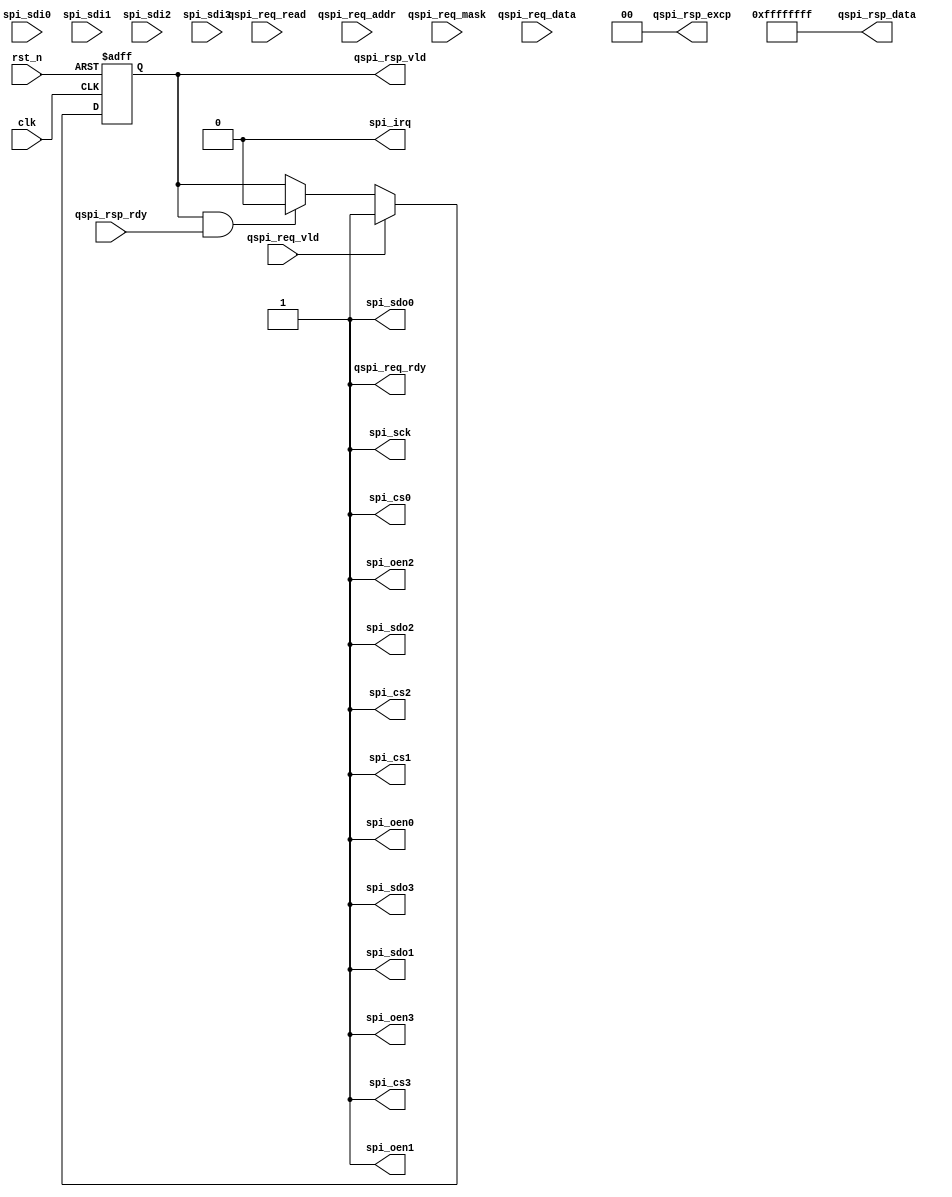
module uv_qspi
#(
    parameter ALEN                  = 12,
    parameter DLEN                  = 32,
    parameter MLEN                  = DLEN / 8
)
(
    input                           clk,
    input                           rst_n,

    input                           qspi_req_vld,
    output                          qspi_req_rdy,
    input                           qspi_req_read,
    input  [ALEN-1:0]               qspi_req_addr,
    input  [MLEN-1:0]               qspi_req_mask,
    input  [DLEN-1:0]               qspi_req_data,

    output                          qspi_rsp_vld,
    input                           qspi_rsp_rdy,
    output [1:0]                    qspi_rsp_excp,
    output [DLEN-1:0]               qspi_rsp_data,

    output                          spi_sck,
    output                          spi_cs0,
    output                          spi_cs1,
    output                          spi_cs2,
    output                          spi_cs3,
    output                          spi_oen0,
    output                          spi_oen1,
    output                          spi_oen2,
    output                          spi_oen3,
    output                          spi_sdo0,
    output                          spi_sdo1,
    output                          spi_sdo2,
    output                          spi_sdo3,
    input                           spi_sdi0,
    input                           spi_sdi1,
    input                           spi_sdi2,
    input                           spi_sdi3,

    output                          spi_irq
);

    localparam UDLY = 1;

    reg                             rsp_vld_r;

    assign qspi_req_rdy             = 1'b1;
    assign qspi_rsp_vld             = rsp_vld_r;
    assign qspi_rsp_excp            = 2'b0;
    assign qspi_rsp_data            = {DLEN{1'b1}};

    assign spi_sck                  = 1'b1;
    assign spi_cs0                  = 1'b1;
    assign spi_cs1                  = 1'b1;
    assign spi_cs2                  = 1'b1;
    assign spi_cs3                  = 1'b1;
    assign spi_oen0                 = 1'b1;
    assign spi_oen1                 = 1'b1;
    assign spi_oen2                 = 1'b1;
    assign spi_oen3                 = 1'b1;
    assign spi_sdo0                 = 1'b1;
    assign spi_sdo1                 = 1'b1;
    assign spi_sdo2                 = 1'b1;
    assign spi_sdo3                 = 1'b1;
    assign spi_irq                  = 1'b0;

    always @(posedge clk or negedge rst_n) begin
        if (~rst_n) begin
            rsp_vld_r <= 1'b0;
        end
        else begin
            if (qspi_req_vld & qspi_req_rdy) begin
                rsp_vld_r <= #UDLY 1'b1;
            end
            else if (qspi_rsp_vld & qspi_rsp_rdy) begin
                rsp_vld_r <= #UDLY 1'b0;
            end
        end
    end

endmodule